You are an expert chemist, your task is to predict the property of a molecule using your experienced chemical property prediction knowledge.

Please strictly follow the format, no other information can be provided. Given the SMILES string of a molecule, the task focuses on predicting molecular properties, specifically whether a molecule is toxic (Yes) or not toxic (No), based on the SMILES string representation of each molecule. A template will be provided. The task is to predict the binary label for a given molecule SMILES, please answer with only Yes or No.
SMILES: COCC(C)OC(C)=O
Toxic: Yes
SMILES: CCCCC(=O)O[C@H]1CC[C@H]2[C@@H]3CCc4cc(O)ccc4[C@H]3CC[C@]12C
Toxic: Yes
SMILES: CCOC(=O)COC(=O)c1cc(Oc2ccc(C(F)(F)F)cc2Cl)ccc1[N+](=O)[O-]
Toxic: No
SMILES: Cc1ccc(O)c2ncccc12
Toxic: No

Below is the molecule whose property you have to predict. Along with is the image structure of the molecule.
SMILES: CCN(CC)c1ccc(C(=O)c2ccccc2C(=O)O)c(O)c1
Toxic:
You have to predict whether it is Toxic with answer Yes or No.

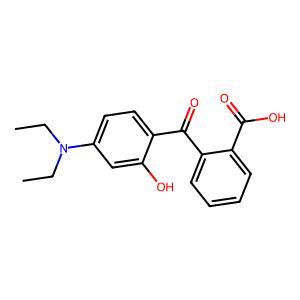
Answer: No